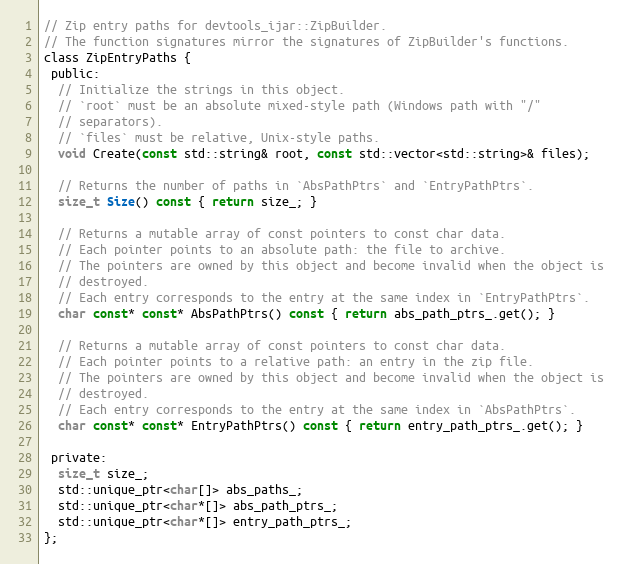
Language: C
// Zip entry paths for devtools_ijar::ZipBuilder.
// The function signatures mirror the signatures of ZipBuilder's functions.
class ZipEntryPaths {
 public:
  // Initialize the strings in this object.
  // `root` must be an absolute mixed-style path (Windows path with "/"
  // separators).
  // `files` must be relative, Unix-style paths.
  void Create(const std::string& root, const std::vector<std::string>& files);

  // Returns the number of paths in `AbsPathPtrs` and `EntryPathPtrs`.
  size_t Size() const { return size_; }

  // Returns a mutable array of const pointers to const char data.
  // Each pointer points to an absolute path: the file to archive.
  // The pointers are owned by this object and become invalid when the object is
  // destroyed.
  // Each entry corresponds to the entry at the same index in `EntryPathPtrs`.
  char const* const* AbsPathPtrs() const { return abs_path_ptrs_.get(); }

  // Returns a mutable array of const pointers to const char data.
  // Each pointer points to a relative path: an entry in the zip file.
  // The pointers are owned by this object and become invalid when the object is
  // destroyed.
  // Each entry corresponds to the entry at the same index in `AbsPathPtrs`.
  char const* const* EntryPathPtrs() const { return entry_path_ptrs_.get(); }

 private:
  size_t size_;
  std::unique_ptr<char[]> abs_paths_;
  std::unique_ptr<char*[]> abs_path_ptrs_;
  std::unique_ptr<char*[]> entry_path_ptrs_;
};